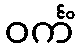
ဝင်္ကံ